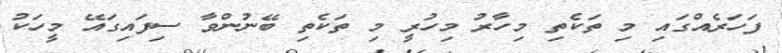
ފަހަރެއްގައި މި ތަކެތި މިހާރު މިހުރީ މި ތަކެތި ބޭނުންވާ ސިފައިގައޭ މީހަކު